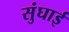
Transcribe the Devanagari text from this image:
सुंघाई